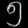
Digit: ၅